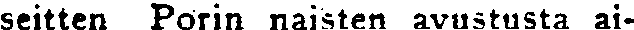
seitten Porin naisten avustusta ai-